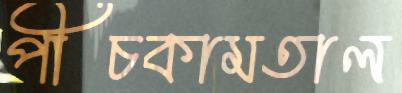
পীচকামতাল